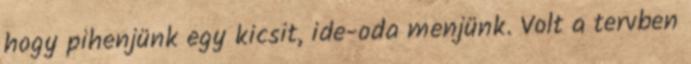
hogy pihenjünk egy kicsit, ide-oda menjünk. Volt a tervben